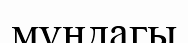
мұндагы